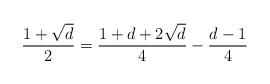
LaTeX: \begin{align*}\frac{1+\sqrt{d}}{2}=\frac{1+d+2\sqrt{d}}{4}-\frac{d-1}{4}\end{align*}